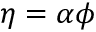
\eta = \alpha \phi